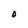
Character: O